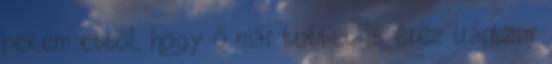
nekem ebből, hogy ő már többet is érez irántam.